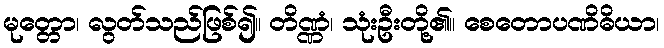
မုတ္တော၊ လွတ်သည်ဖြစ်၍။ တိဏ္ဏံ၊ သုံးဦးတို့၏။ စေတောပဏိဓိယာ၊